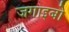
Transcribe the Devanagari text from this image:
जगाइबो